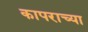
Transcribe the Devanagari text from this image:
कापराच्या